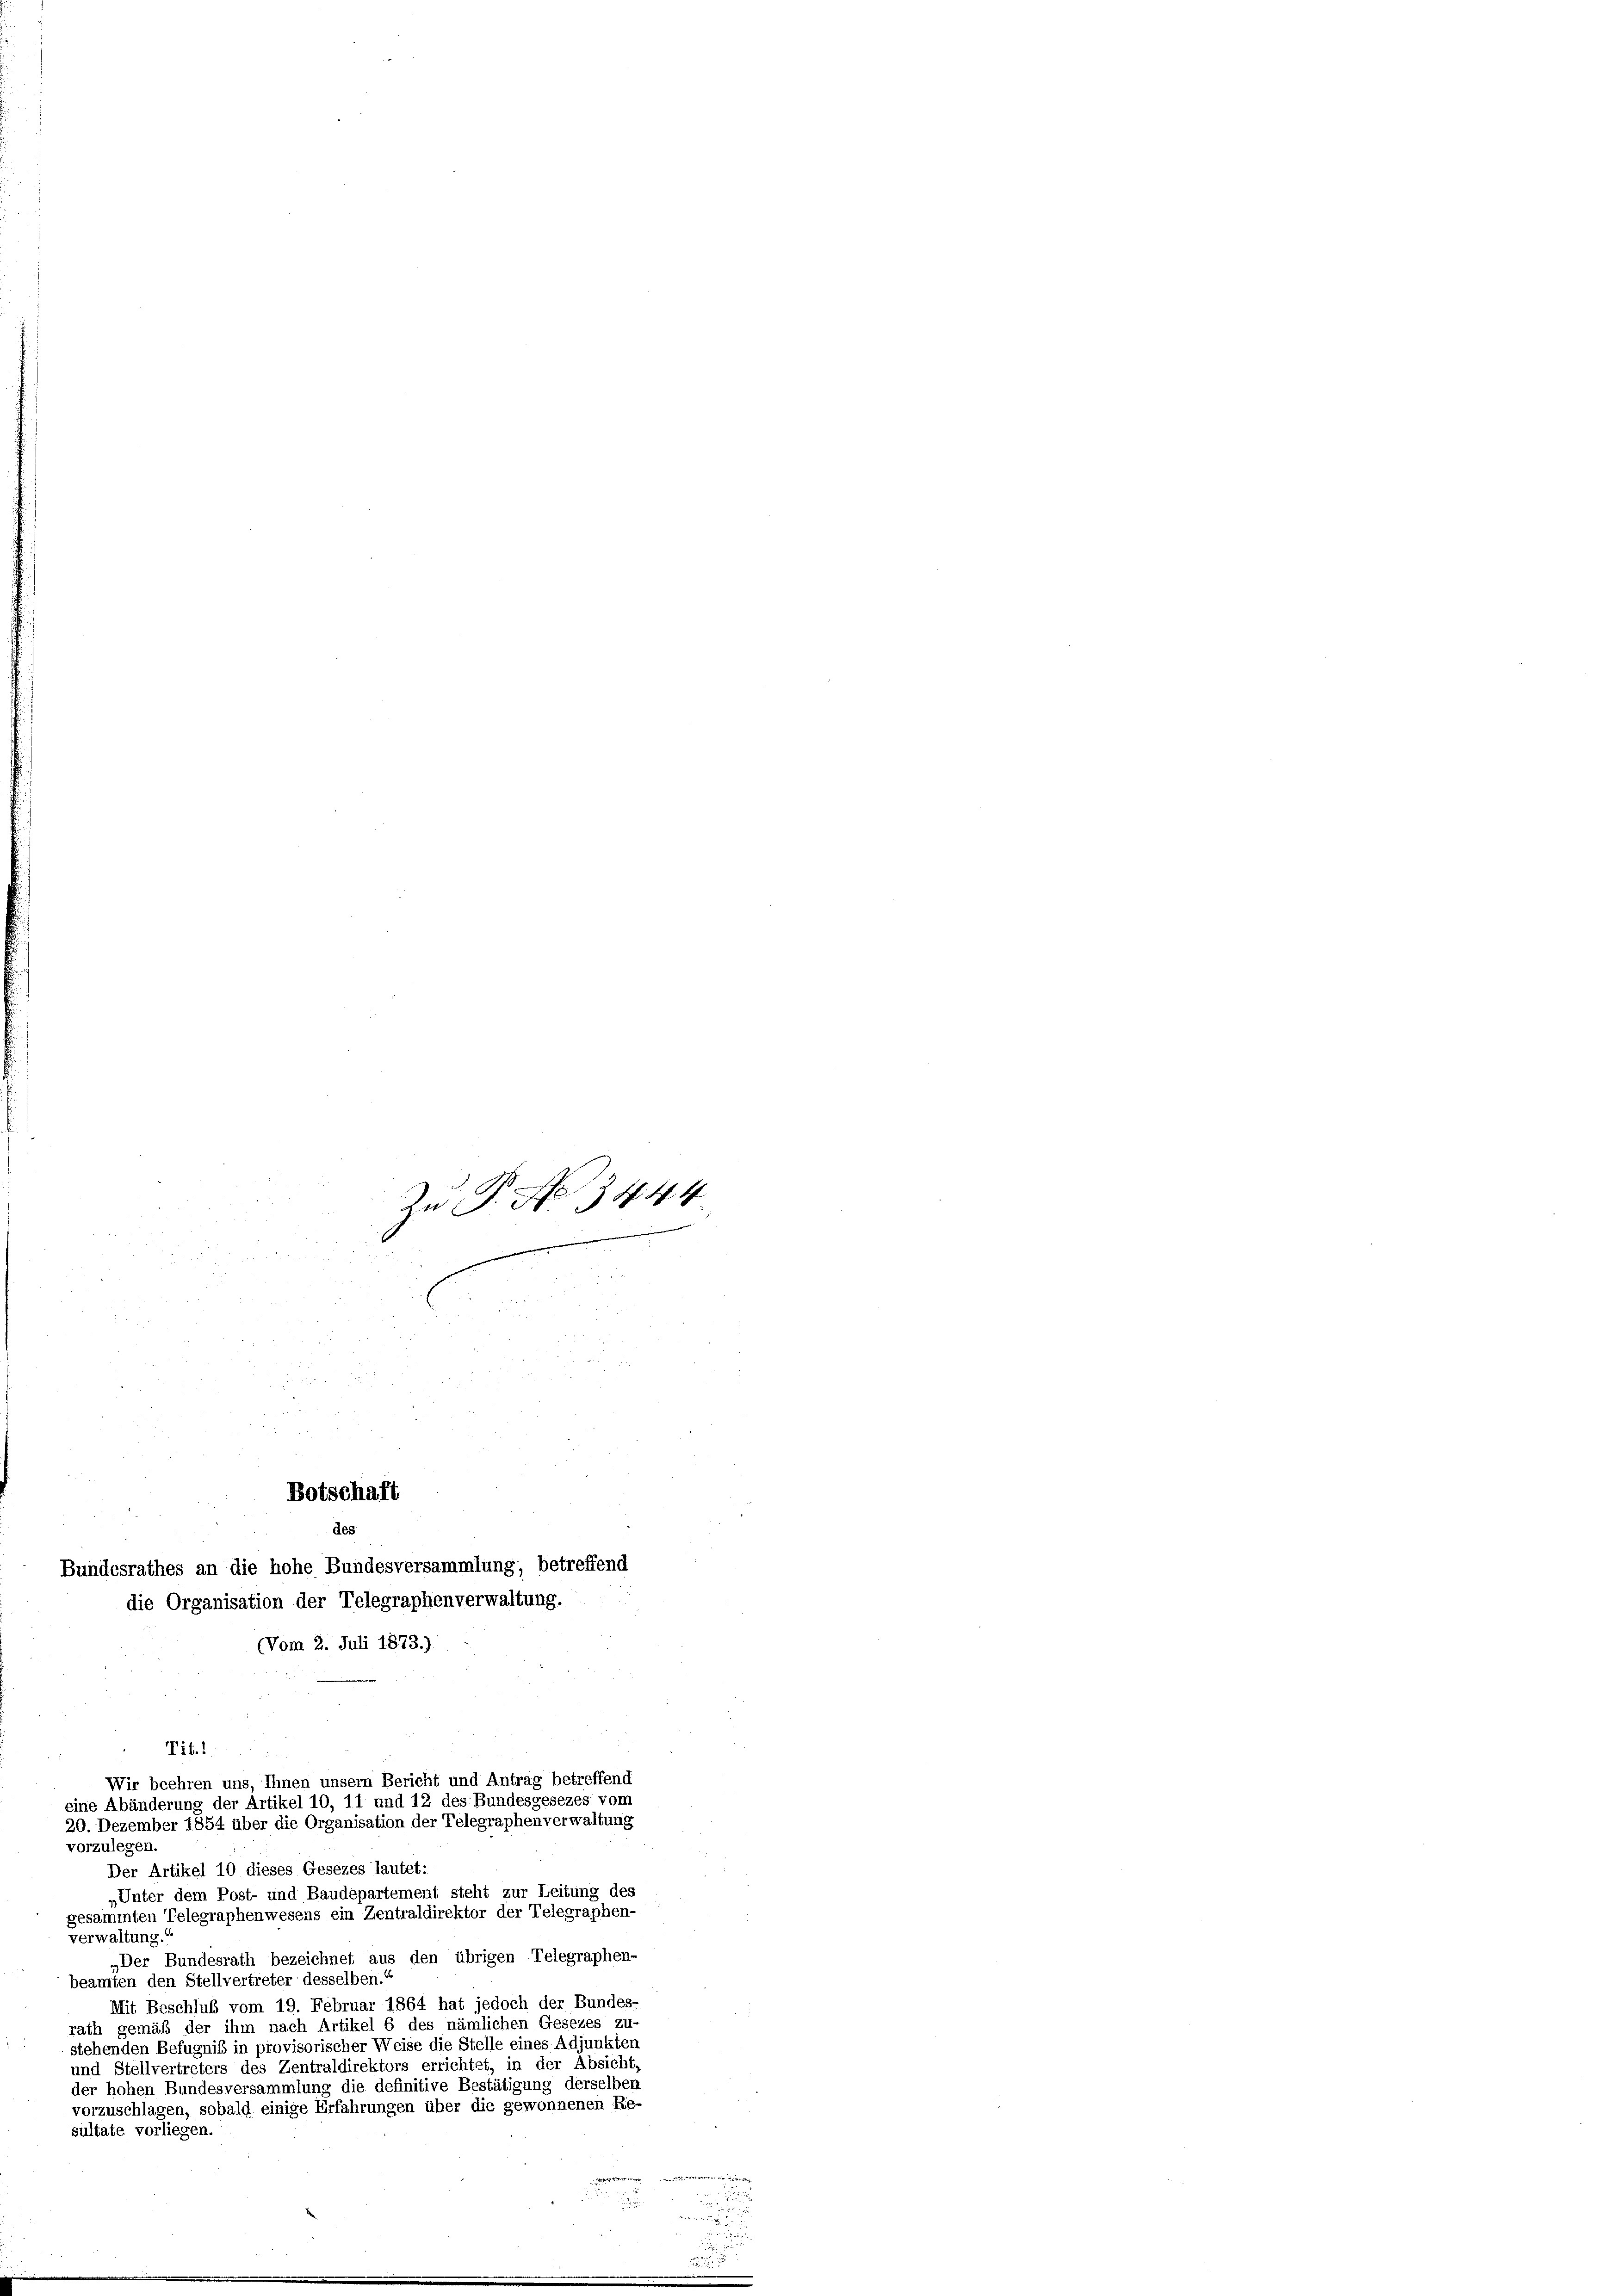
Botschaft
des

Zu P. Nr. 3444

Bundesrathes an die hohe Bundesversammlung, betreffend
die Organisation der Telegraphenverwaltung.

Vom 2. Juli 1873.)
vorzulegen.
Der Artikel 10 dieses Gesezes lautet:
„Unter dem Post- und Baudepartement steht zur Leitung des
gesammten Telegraphenwesens ein Zentraldirektor der Telegraphen-
verwaltung.
„Der Bundesrath bezeichnet aus den übrigen Telegraphen-
beamten den Stellvertreter desselben.
Mit Beschluß vom 19. Februar 1864 hat jedoch der Bundes-
rath gemäß der ihm nach Artikel 6 des nämlichen Gesezes zu-
stehenden Befugniß in provisorischer Weise die Stelle eines Adjunkten
und Stellvertreters des Zentraldirektors errichtet, in der Absicht,
der hohen Bundesversammlung die definitive Bestätigung derselben
vorzuschlagen, sobald einige Erfahrungen über die gewonnenen Re-
sultate vorliegen.

Tit.
Wir beehren uns, Ihnen unsern Bericht und Antrag betreffend
eine Abänderung der Artikel 10, 11 und 12 des Bundesgesezes vom
20. Dezember 1854 über die Organisation der Telegraphenverwaltung